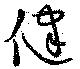
健